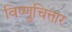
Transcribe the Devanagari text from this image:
विष्णुचित्तार